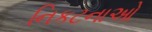
નિકટનાઓ